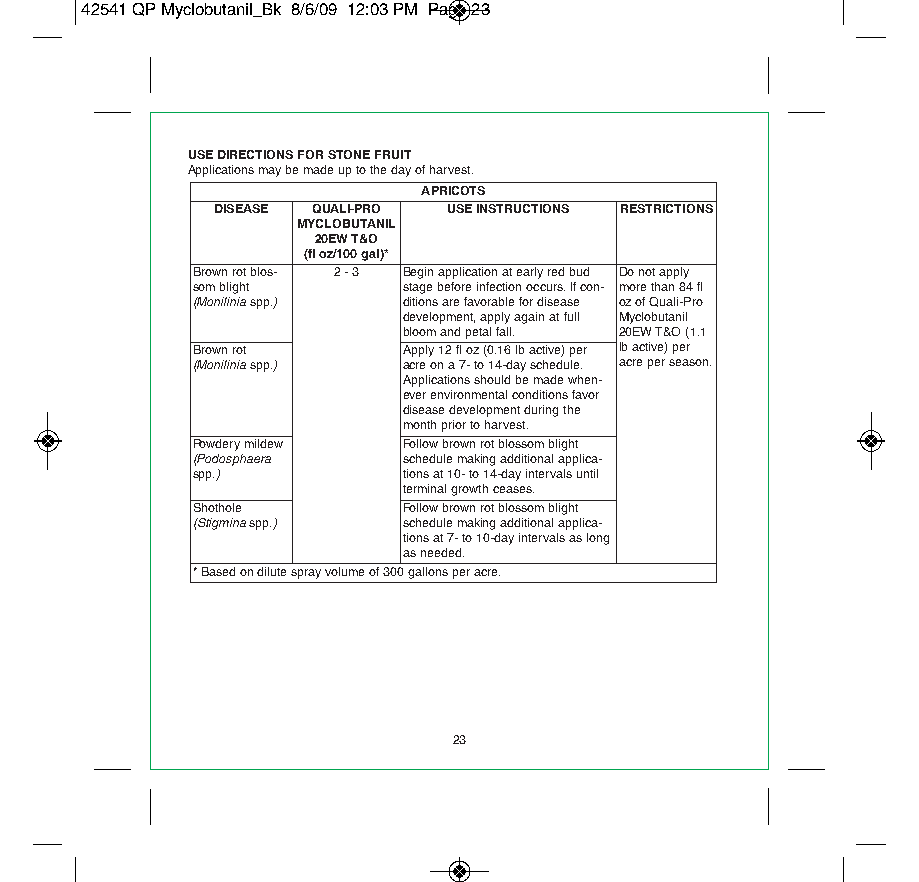
42541 QP Myclobutanil_Bk 8/6/09 12:03 PM Page 23
 USE DIRECTIONS FOR STONE FRUIT
 Applications may be made up to the day of harvest.
 APRICOTS
 DISEASE QUALI-PRO USE INSTRUCTIONS RESTRICTIONS
 MYCLOBUTANIL
 20EW T&O
 (fl oz/100 gal)*
 Brown rot blos- 2 - 3 Begin application at early red bud Do not apply
 som blight    stage before infection occurs. If con- more than 84 fl
 (Monilinia spp.) ditions are favorable for disease oz of Quali-Pro
 development, apply again at full Myclobutanil
 bloom and petal fall. 20EW T&O (1.1
 Brown rot     Apply 12 fl oz (0.16 lb active) per lb active) per
 (Monilinia spp.) acre on a 7- to 14-day schedule. acre per season.
 Applications should be made when-
 ever environmental conditions favor
 disease development during the
 month prior to harvest.
 Powdery mildew Follow brown rot blossom blight
 (Podosphaera  schedule making additional applica-
 spp.)         tions at 10- to 14-day intervals until
 terminal growth ceases.
 Shothole      Follow brown rot blossom blight
 (Stigmina spp.) schedule making additional applica-
 tions at 7- to 10-day intervals as long
 as needed.
 * Based on dilute spray volume of 300 gallons per acre.
 23